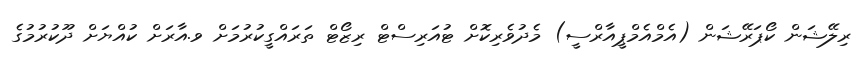
ރިލޭޝަން ކޯޕަރޭޝަން (އެމްއެމްޕީއާރްސީ) މެދުވެރިކޮށް ޓުއަރިސްޓް ރިޒޯޓް ތަރައްގީކުރުމަށް ވ.އާރަށް ކުއްޔަށް ދޫކުރުމުގެ